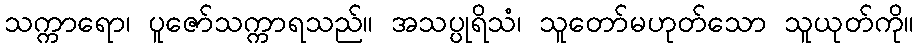
သက္ကာရော၊ ပူဇော်သက္ကာရသည်။ အသပ္ပုရိသံ၊ သူတော်မဟုတ်သော သူယုတ်ကို။